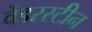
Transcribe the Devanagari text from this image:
वेंडरस्टीन